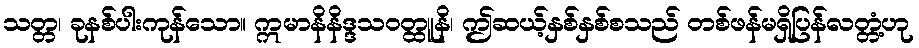
သတ္တ၊ ခုနစ်ပါးကုန်သော။ ဣမာနိနိဒ္ဒသဝတ္ထူနိ၊ ဤဆယ့်နှစ်နှစ်စသည် တစ်ဖန်မရှိပြန်လတ္တံ့ဟု